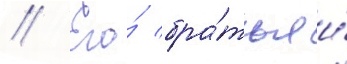
// Его́ бра́тья и́